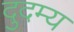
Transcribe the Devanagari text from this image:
दुदम्य